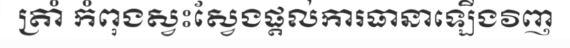
ត្រាំ កំពុងស្វះស្វែងផ្តល់ការធានាឡើងវិញ